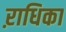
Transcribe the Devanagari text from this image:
ऱाधिका